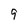
Character: 9